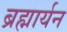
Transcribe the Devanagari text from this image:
ब्रह्मार्यन